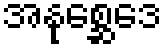
အနုစ္ဆေဒေ